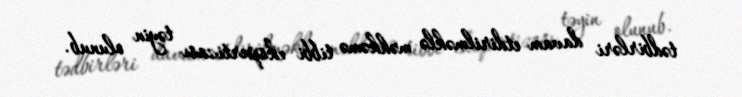
tədbirləri davam etdirilməklə məhkəmə tibbi ekspertizası təyin olunub.